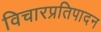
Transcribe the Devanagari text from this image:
विचारप्रतिपादन